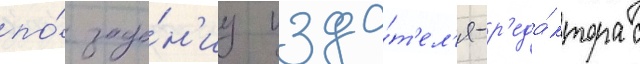
по́ зада́н'иу изда́т'ел'я-р'еда́ктора с